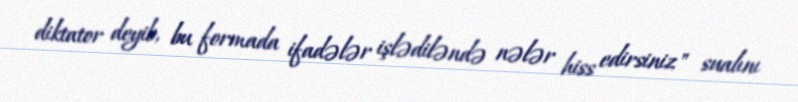
diktator deyib, bu formada ifadələr işlədiləndə nələr hiss edirsiniz" sualını